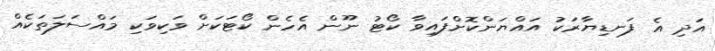
އަދި އެ ފަނޑިޔާރަކު އައްޔަންކޮށްފައިވާ ކޯޓު ނޫން އެހެން ކޯޓަކަށް ވަކިވަކި މައްސަލަތަކެއް